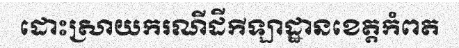
ដោះស្រាយករណីដីកីឡាដ្ឋានខេត្តកំពត